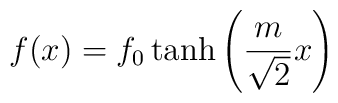
f(x) = f_0 \tanh \left ( {m\over {\sqrt{2}}} x \right )